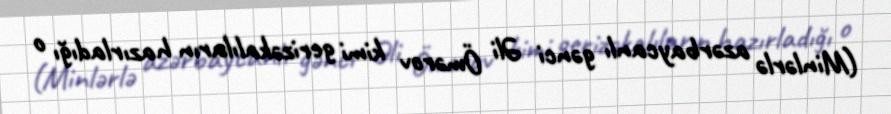
(Minlərlə azərbaycanlı gənci Əli Ömərov kimi gerizəkalıların hazırladığı o